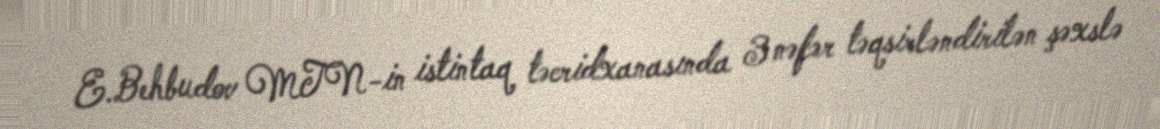
E.Behbudov MTN-in istintaq təcridxanasında 3 nəfər təqsirləndirilən şəxslə